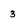
Character: 3